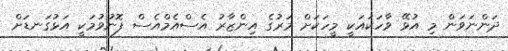
ދަންނަވަން މި އުޅޭ ވާހަކައަކީ މީހަކަށް މަރުގެ އިންޒާރު އެސްއެމްއެސް ފޮނުވުމަކީ އަޅުގަނޑަށް